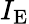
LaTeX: I_{\mathrm{E}}